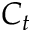
C _ { t }